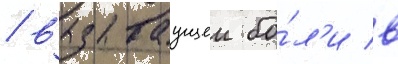
/ вызываущеи бо́л'и в